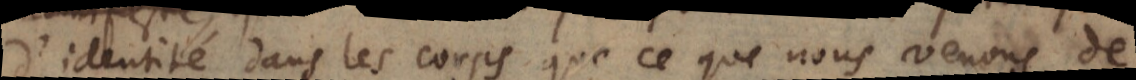
d’identité dans les corps que ce que nous venons de